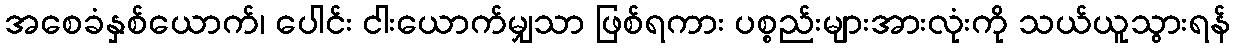
အစေခံနှစ်ယောက်၊ ပေါင်း ငါးယောက်မျှသာ ဖြစ်ရကား ပစ္စည်းများအားလုံးကို သယ်ယူသွားရန်